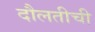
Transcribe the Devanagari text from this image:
दौलतीची